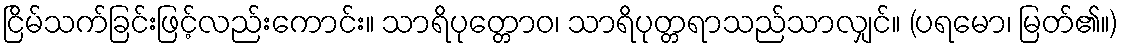
ငြိမ်သက်ခြင်းဖြင့်လည်းကောင်း။ သာရိပုတ္တောဝ၊ သာရိပုတ္တရာသည်သာလျှင်။ (ပရမော၊ မြတ်၏။)